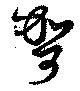
哿